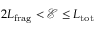
2 { L } _ { \mathrm { f r a g } } < \mathcal { E } \leq { L } _ { \mathrm { t o t } }